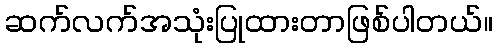
ဆက်လက်အသုံးပြုထားတာဖြစ်ပါတယ်။